Vaccine operations Central Provinces 1868-1885 - 1868-1885
Year: 1868
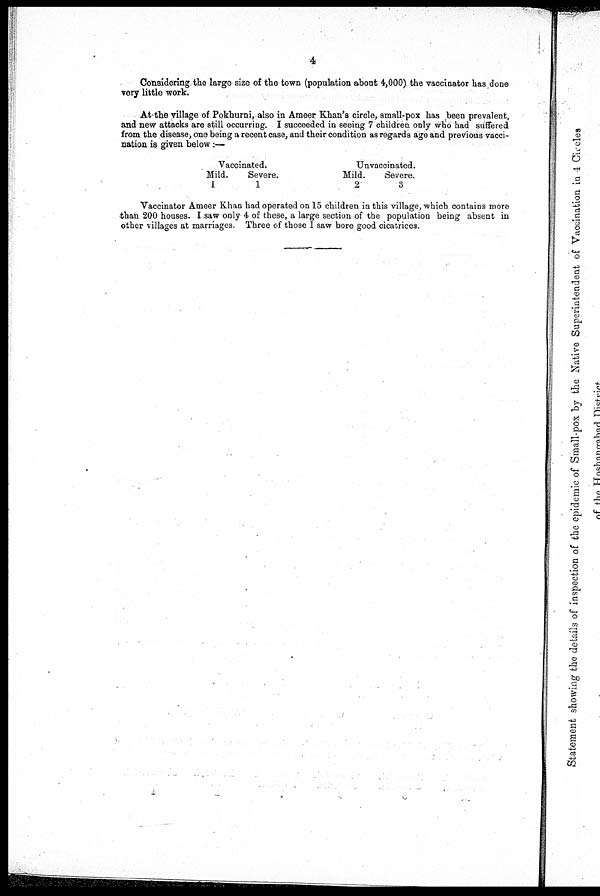
4
Considering the large size of the town (population about 4,000) the vaccinator has,done
very little work.
At the village of Pokhurni, also in Ameer Khan's circle, small-pox has been prevalent,
and new attacks are still occurring. I succeeded in seeing 7 children only who had suffered
from the disease, one being a recent case, and their condition as regards age and previous vacci-
nation is given below:—
Vaccinated.
Mild.
1
Severe.
1
Unvaccinated.
Mild.
2
Severe.
3
Vaccinator Ameer Khan had operated on 15 children in this village, which contains more
than 200 houses. I saw only 4 of these, a large section of the population being absent in
other villages at marriages.Three of those I saw bore good cicatrices.